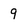
Character: 9